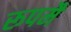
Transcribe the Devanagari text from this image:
रूपमै